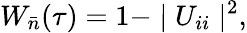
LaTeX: W_{\bar{n}}(\tau)=1-\mid U_{ii}\mid^{2},